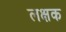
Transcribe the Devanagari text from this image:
लक्षक